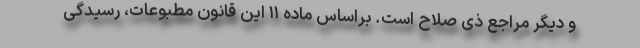
و ‌دیگر مراجع ذی صلاح است. ‌براساس ماده ۱۱ این قانون مطبوعات، رسیدگی